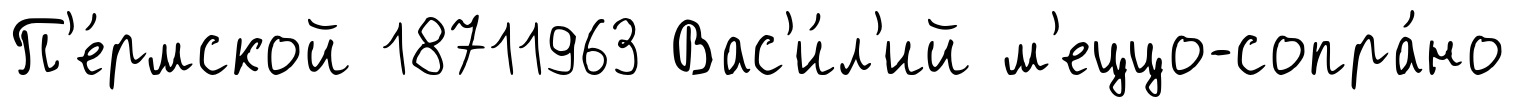
П'е́рмской 18711963 Вас'и́л'ий м'еццо-сопра́но